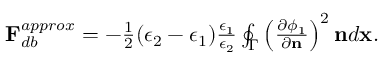
\begin{array} { r } { \mathbf { F } _ { d b } ^ { a p p r o x } = - \frac { 1 } { 2 } ( \epsilon _ { 2 } - \epsilon _ { 1 } ) \frac { \epsilon _ { 1 } } { \epsilon _ { 2 } } \oint _ { \Gamma } \left( \frac { \partial \phi _ { 1 } } { \partial \mathbf { n } } \right) ^ { 2 } \mathbf { n } d \mathbf { x } . } \end{array}